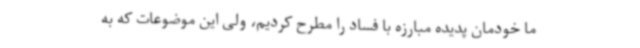
ما خودمان پدیده مبارزه با فساد را مطرح کردیم، ولی این موضوعات که به